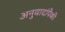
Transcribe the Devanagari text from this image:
अनुवादांपैकी